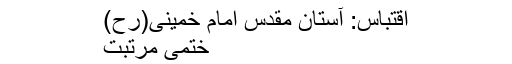
اقتباس: آستان مقدس امام خمینی(رح)
ختمی مرتبت